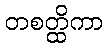
တစတ္ထိကာ